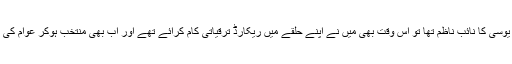
انہوں نے کہاکہ میں جب یوسی کا نائب ناظم تھا تو اس وقت بھی میں نے اپنے حلقے میں ریکارڈ ترقیاتی کام کرائے تھے اور اب بھی منتخب ہوکر عوام کی بلاتفریق خدمت کروں گا۔